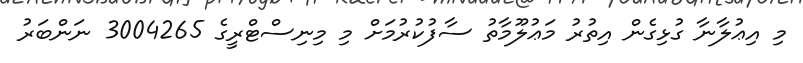
މި އިޢުލާނާ ގުޅިގެން އިތުރު މަޢުލޫމާތު ސާފުކުރުމަށް މި މިނިސްޓްރީގެ 3004265 ނަންބަރު